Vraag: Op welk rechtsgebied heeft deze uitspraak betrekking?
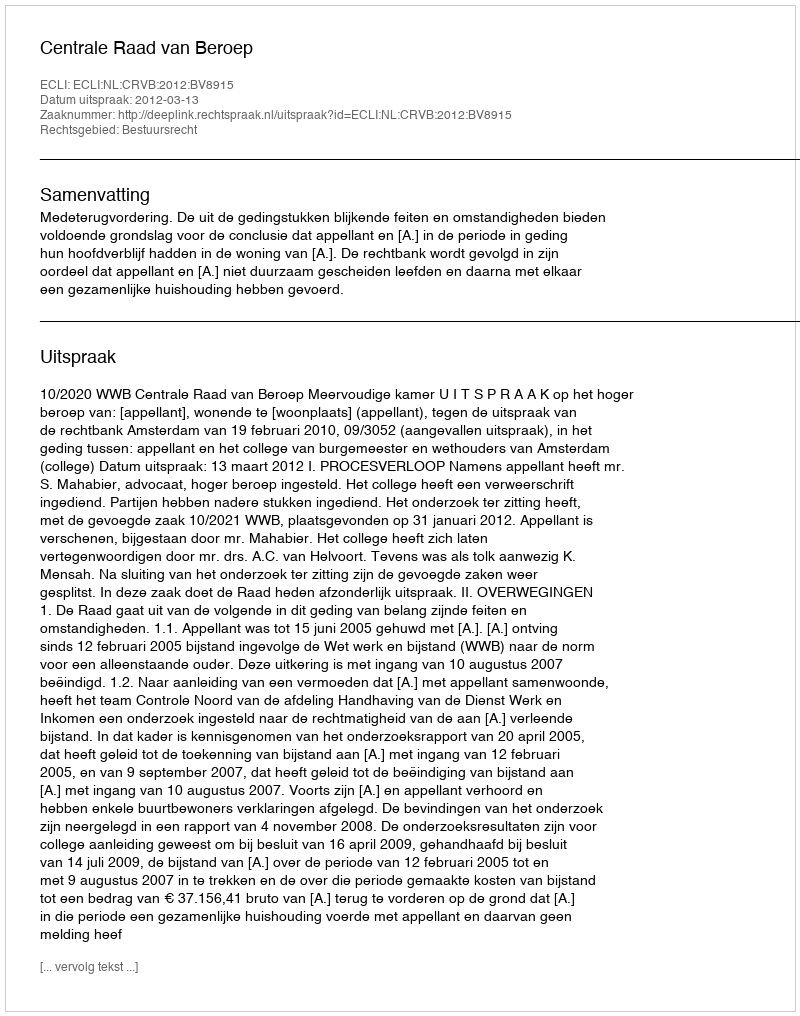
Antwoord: Bestuursrecht